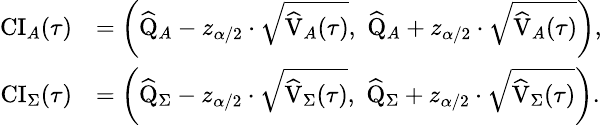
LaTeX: \small\begin{array}{rl}{\mathrm{CI}_{A}(\tau)}&{=\left(\widehat{\mathrm{Q}}_{A}-{z_{\alpha/2}}\cdot\sqrt{\widehat{\mathrm{V}}_{A}(\tau)},\, \, \widehat{\mathrm{Q}}_{A}+{z_{\alpha/2}}\cdot\sqrt{\widehat{\mathrm{V}}_{A}(\tau)}\right),}\\ {\mathrm{CI}_{\Sigma}(\tau)}&{=\left(\widehat{\mathrm{Q}}_{\Sigma}-{z_{\alpha/2}}\cdot\sqrt{\widehat{\mathrm{V}}_{\Sigma}(\tau)},\, \, \widehat{\mathrm{Q}}_{\Sigma}+{z_{\alpha/2}}\cdot\sqrt{\widehat{\mathrm{V}}_{\Sigma}(\tau)}\right).}\end{array}